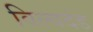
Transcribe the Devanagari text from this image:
विल्वदंड